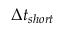
\Delta t _ { s h o r t }